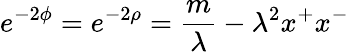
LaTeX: e^{-2\phi}=e^{-2\rho}=\frac{m}{\lambda}-\lambda^{2}x^{+}x^{-}